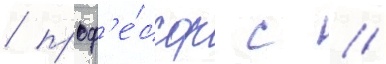
/ проф'е́ссор с //